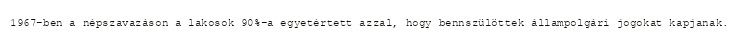
1967-ben a népszavazáson a lakosok 90%-a egyetértett azzal, hogy bennszülöttek állampolgári jogokat kapjanak.